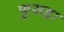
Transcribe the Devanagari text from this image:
फुसहा